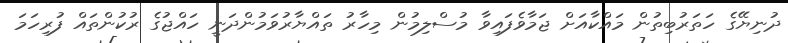
ދުނިޔޭގެ ހަތަރުބިތުން މައްކާއަށް ޖަމާވެފައިވާ މުސްލިމުން މިހާރު ތައްޔާރުވަމުންދަނީ ހައްޖުގެ ރުކުންތައް ފުރިހަމަ